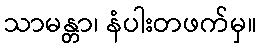
သာမန္တာ၊ နံပါးတဖက်မှ။